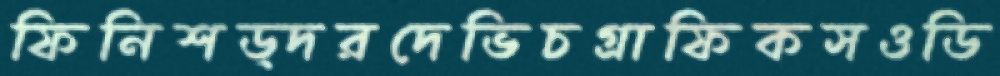
ফিনিশড্দরদেভিচগ্রাফিকসওডি